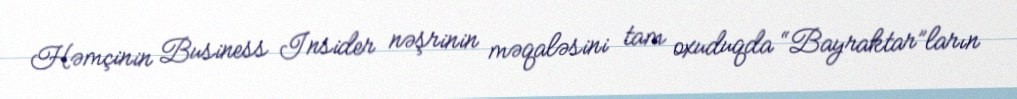
Həmçinin Business Insider nəşrinin məqaləsini tam oxuduqda “Bayraktar”ların